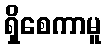
ရှိစေကာမူ